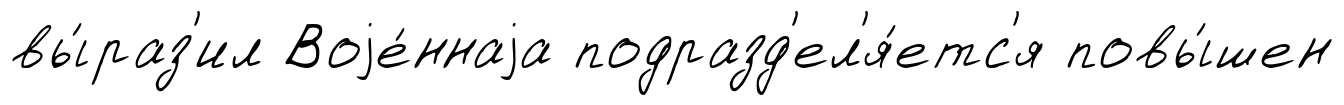
вы́раз'ил Воjе́ннаjа подразд'ел'я́етс'я повы́шен